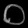
Digit: ၀